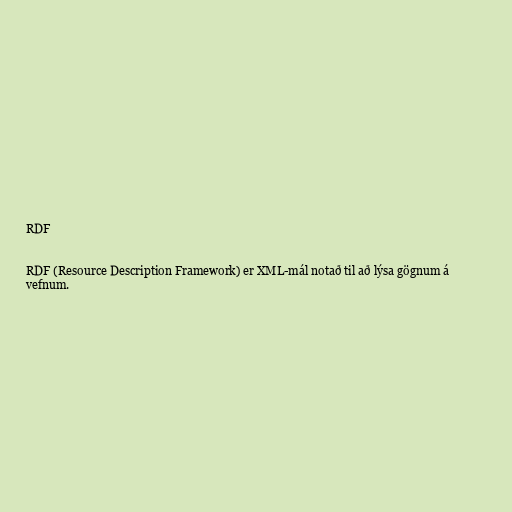
RDF

RDF (Resource Description Framework) er XML-mál notað til að lýsa gögnum á
vefnum.